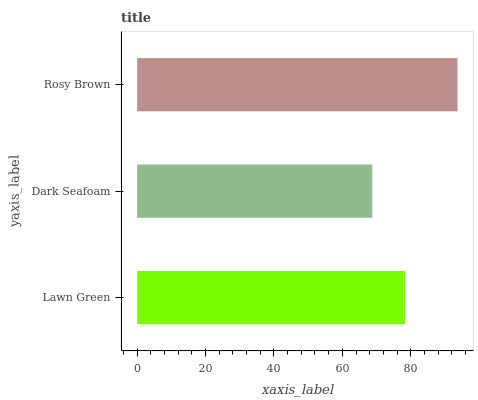
| yaxis_label | bars |
 | --- | --- |
 | Lawn Green | 78.3 |
 | Dark Seafoam | 68.8 |
 | Rosy Brown | 93.7 |